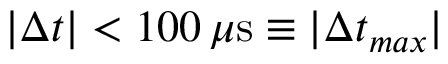
| \Delta t | < 1 0 0 \, \mu \mathrm { s } \equiv | \Delta t _ { m a x } |